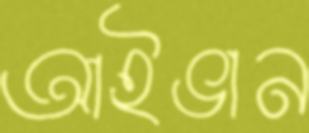
আইভান